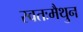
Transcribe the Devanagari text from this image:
स्वतःमैथुन